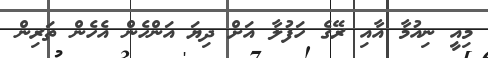
މިއީ ނިއުމާ އާއި ރޭގެ ހަފުލާ އަށް ދިޔަ އަންހެން އެހެން ތަރިން